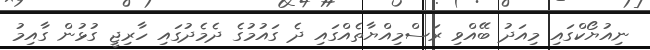
ނިއުޔޯކްގައި މިއަދު ބޭއްވި ރަސްމިއްޔާތެއްގައި ދެ ގައުމުގެ ދެމެދުގައި ހާރިޖީ ގުޅުން ގާއިމު